Scottish Certificate of Education, 1963
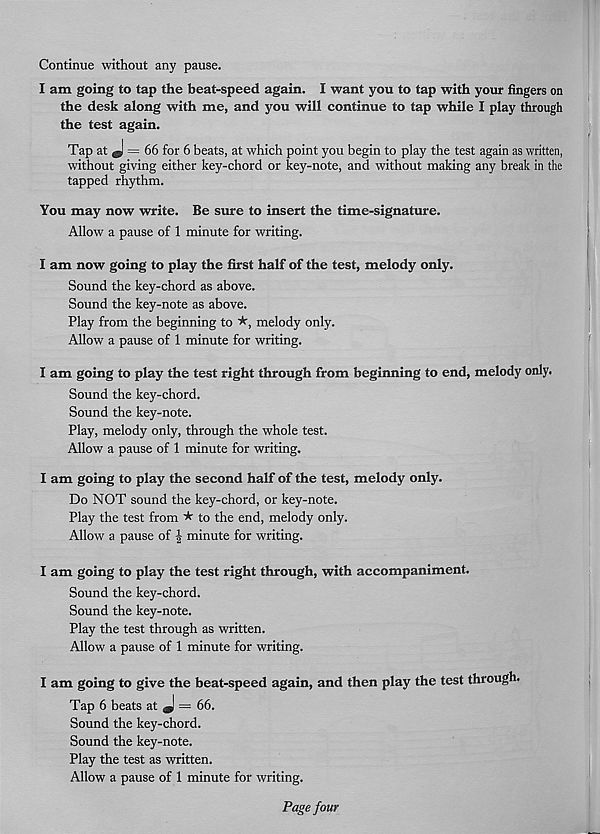
Continue without any pause.
I am going to tap the beat-speed again. I want you to tap with your fingers on
the desk along with me, and you will continue to tap while I play through
the test again.
Tap at ^ = 66 for 6 beats, at which point you begin to play the test again as written,
without giving either key-chord or key-note, and without making any break in the
tapped rhythm.
You may now write. Be sure to insert the time-signature.
Allow a pause of 1 minute for writing.
I am now going to play the first half of the test, melody only.
Sound the key-chord as above.
Sound the key-note as above.
Play from the beginning to *, melody only.
Allow a pause of 1 minute for writing.
I am going to play the test right through from beginning to end, melody only.
Sound the key-chord.
Sound the key-note.
Play, melody only, through the whole test.
Allow a pause of 1 minute for writing.
I am going to play the second half of the test, melody only.
Do NOT sound the key-chord, or key-note.
Play the test from ★ to the end, melody only.
Allow a pause of ^ minute for writing.
I am going to play the test right through, with accompaniment.
Sound the key-chord.
Sound the key-note.
Play the test through as written.
Allow a pause of 1 minute for writing.
I am going to give the beat-speed again, and then play the test through.
Tap 6 beats at J = 66.
Sound the key-chord.
Sound the key-note.
Play the test as written.
Allow a pause of 1 minute for writing.
Page four